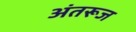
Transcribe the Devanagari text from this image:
अंतरूज